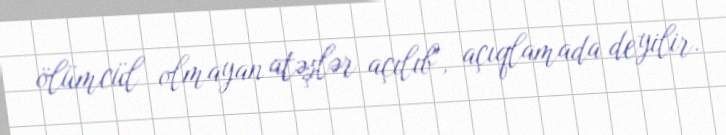
ölümcül olmayan atəşlər açılıb", açıqlamada deyilir.